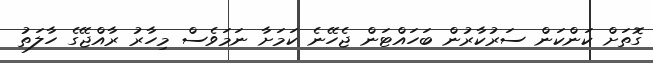
ގޮތަށް ކަންކަން ސަރުކާރުން ބަހައްޓަން ޖެހޭނެ ކަމަށާ ނަމަވެސް މިހާރު ރާއްޖޭގެ ހާލަތު